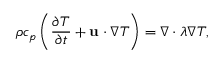
\rho { c _ { p } } \left( { \frac { { \partial T } } { { \partial t } } + { \bf { u } } \cdot \nabla T } \right) = \nabla \cdot \lambda \nabla T ,